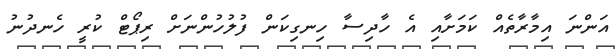
އަންނަ އިމާރާތެއް ކަމަށާއި އެ ހާދިސާ ހިނގިކަން ފުލުހުންނަށް ރިޕޯޓް ކުރީ ހެނދުނު